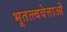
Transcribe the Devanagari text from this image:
भूतत्त्ववेत्ताओं